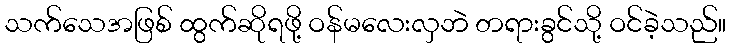
သက်သေအဖြစ် ထွက်ဆိုရဖို့ ဝန်မလေးလှဘဲ တရားခွင်သို့ ဝင်ခဲ့သည်။